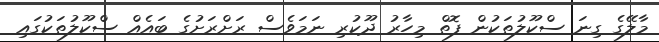
މާލޭގެ ގިނަ ސްކޫލުތަކުން ފޮތް މިހާރު ދޫކުރި ނަމަވެސް ރަށްރަށުގެ ބައެއް ސްކޫލުތަކުގައި